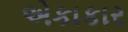
એકાકાર